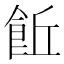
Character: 𩚨